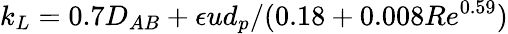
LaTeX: k_{L}=0.7D_{AB}+\epsilon ud_{p}/(0.18+0.008Re^{0.59})